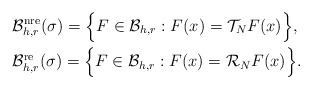
\begin{align*}&\mathcal{B}^{\rm nre}_{h,r}(\sigma)= \Big\{F\in \mathcal{B}_{h,r}:F(x)=\mathcal{T}_{N}F(x)\Big\},\\&\mathcal{B}^{\rm re}_{h,r}(\sigma) = \Big\{F\in \mathcal{B}_{h,r}:F(x)=\mathcal{R}_{N}F(x)\Big\}.\end{align*}